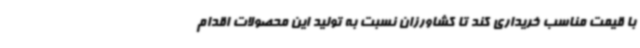
با قیمت مناسب خریداری کند تا کشاورزان نسبت به تولید این محصولات اقدام